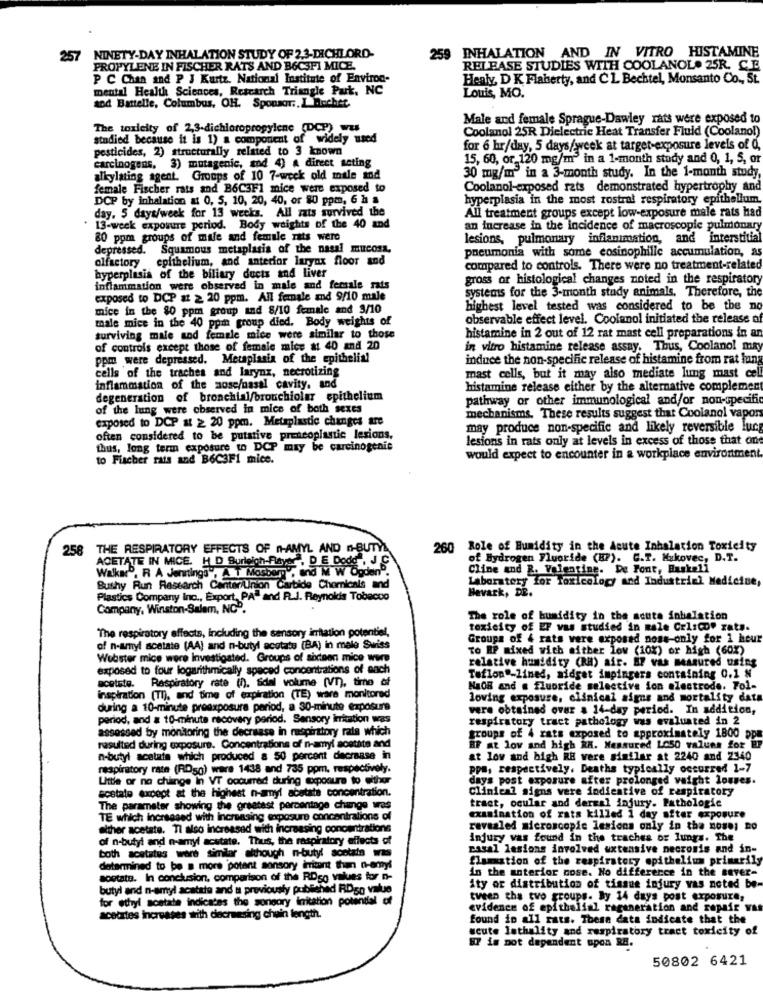
NINETY-DAY INHALATION STUDY OF 2,3-DICHLORO
259 INHALATION AND IN VITRO HISTAMINE
257
PROPYLENE IN FISCHER RATS AND B6C3FI MICE.
RELEASE STUDIES WITH COOLANOL. 25R. C.E.
P C Chan and P J Kurtz. National Institute of Environ-
Healy, D K Flaherty, and CL. Bechtel, Monsanto Co ., St.
mental Health Sciences, Research Triangle Park, NC
Louis, MO.
and Battelle, Columbus, OH. Sponsor :, L ochet.
Male and female Sprague-Dawley rats were exposed to
The toxleity of 2,3-dichloropropylene (DCP) was
Coolanol 25R Dielectric Heat Transfer Fluid (Coolano!)
studied because it is 1) a component of widely used
pesticides, 2) structurally related to 3 known
for 6 hr/day, 5 days/week at target-exposure levels of 0,
15, 60, or 120 mg/m" in a 1-month study and 0, 1, 5, or
carcinogens, 3) mutagenic, and 4) A direct acting
alkylating agent. Groups of 10 7-week old male and
30 mg/m in a 3-month study. In the 1-month study,
female Fischer rats and B6C3F1 mice were exposed to
Coolanol-exposed rats demonstrated hypertrophy_and
DCP by inhalation at 0, 5, 10, 20, 40, or 80 ppm, 6 h a
hyperplasia in the most rostral respiratory epithelium
day, 5 days/week for 13 weeks. All rats survived the
All treatment groups except low-exposure male rats had
* 13-week exposure period. Body weights of the 40 and
an increase in the incidence of macroscopic pulmonary
80 ppm groups of male and female rats were
lesions, pulmonary inflanimation, and interstitial
depressed. Squamous metaplasia of the nasal mucosa,
pneumonia with some cosinophilie accumulation, as
olfactory epithelium, and anterior larynx floor and
compared to controls. There were no treatment-related
hyperplasia of the biliary ducts and liver
gross or histological changes noted in the respiratory
inflammation were observed in male and female rats
systems for the 3-month study animals. Therefore, the
exposed to DCP at 2 20 ppm. All female and 9/10 male
mice in the 80 ppm group and 8/10 female and 3/10
highest level tested was considered to be the no
male mice in the 40 ppin group died. Body weights of
observable effect level. Coolanol initiated the release of
surviving male and female mice were similar to those
histamine in 2 out of 12 rat mast cell preparations in an
of controls except those of female mice at 40 and 20
in vitro histamine release assay. Thus, Coolanol may
ppm were depressed. Metaplasia of the epithelial
induce the non-specific release of histamine from rat lung
cells of the traches and larynx, necrotizing
mast cells, but it may also mediate lung mast cel
inflammation of the nose/nasal cavity. and
histamine release either by the alternative complemen
degeneration of bronchial/bronchiolar epithelium
pathway or other immunological and/or non-specific
of the lung were observed in mice of both sexes
exposed to DCP a ≥ 20 ppm. Metaplastic changes are
mechanisms. These results suggest that Coolanel vapor
may produce non-specific and likely reversible lucg
often considered to be putative preneoplastic lesions.
lesions in rats only at levels in excess of those that on
thus, long term exposure to DCP may be carcinogenic
to Fischer rats and B6C3F1 mice.
would expect to encounter in a workplace environment.
258 THE RESPIRATORY EFFECTS OF n-AMYL AND n-BUTY
260
Role of Humidity in the Acute Inhalation Toxicity
ATE IN MICE. H D Burleigh-Player , D E Dode , J C
of Hydrogen Fluoride (B2). G.T. Mukovec, D.T.
Walka", R A Jennings", A T Mosberg', and M W OgdenD.
Cline and R. Valentine. De Font, Buskali
Laboratory for Toxicology and Industrial Medicine,
Bushy Run Research CenterLinion
Minion Carbide Chemicals and
Havark, DR.
Plastics Company Inc ., Export, PA" and R.J. Reynolds Tobacco
Company, Winston-Salem, NC ..
The role of humidity in the acute inhalation
"The respiratory affects, including the sensory intation potentiel,
toxicity of EF vas studied in male Crl:Cof rats.
Groups of 4 rats vere exposed nose-only for 1 hour
of n-amyl acetate (AA) and n-butyl acetate (BA) in male Swiss
To EP mixed with either low (10%) or high (601)
Webster mice were investigated. Groups of sideen mice were
relative humidity (RH) air. 87 vas measured using
exposed to four logarithmically spaced concentrations of each
acetste. Respiratory rate (h). Sidal volume (VT), time of
Teflon"-lined, aidget impingers containing 0.1 N
NaOB and . fluoride selective ion electrode. Fol-
inspiration (TI), and time of expiration (TE) ware monitored
loving exposure, clinical signs and mortality data
during a 10-minute preexposure period, a 30-minute exposure
were obtained over & 14-day period. In addition,
period, and # 10-minute recovery period. Sensory irritation was
respiratory tract pathology was evaluated in 2
assessed by monitoring the decrease in respiratory rate which
groups of 4 rats exposed to approximately 1800 ppm
resulted during exposure. Concentrations of n-amyl acetate and
HF at low and high RA. Measured Lo50 values for BP
n-butyl acetate which produced a 50 percent decrease in
at low and high RH were similar at 2240 and 2340
respiratory rate (RD5g) were 1438 and 735 ppm, respectively.
ppa, respectively. Deaths typically occurred 1-7
Little or no change in VT occurred during Exposure to either
days post exposure after prolonged vaight louses.
acetate except at the highest n-amyl acetate concentration.
Clinical signs were indientive of respiratory
tract, ocular and dermal injury. Pathologic
The parameter showing the greatest percentage change was
TE which increased with Increasing exposure concentrations of
examination of rats killed 1 day after exposure
alther acetate. Tl also increased with increasing concentrations
revealed microscopic lesions only in the nose; no
of n-butyl and n-amyl acetate. Thus, the respiratory effects of
Injury vas found in the trachea or lungs. The
both acetates were similar although -- butylsos -
rasal lesions involved uxtensive necrosis and in-
flamation of the respiratory epithelium primarily
determined to be a more potent sonsory irritant than n-any!
in the anterior nose. No difference in the cover-
sostate. In conclusion, comparison of the RDso values for n-
butyl and n-amyl acetate and a previously published RD50 Value
ity or distribution of tissue injury vas noted be
for ethyl acetate indicates the sonoory irritation potential of
tween the two groups. By 14 days post exposure,
evidence of epithelial regeneration and repair vas
acetates increases writh diecrmesing chuin length.
found in all rats. These data indicate that the
acute lethality and respiratory tract toxicity of
IT is pot dependent upon RE.
50802 6421